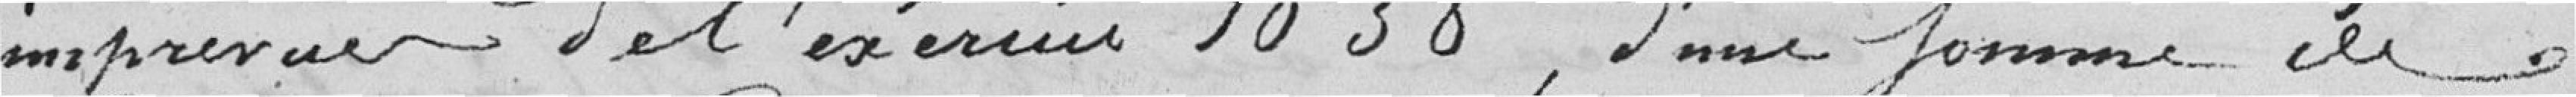
imprévue de l'exercice 1838, d'une somme de